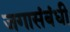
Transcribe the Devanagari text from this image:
जगासंबंधी